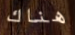
هناك